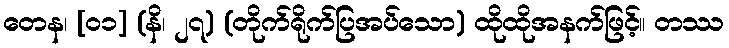
တေန၊ [၀၁] (နိ၊ ၂၇) (တိုက်ရိုက်ပြအပ်သော) ထိုထိုအနက်ဖြင့်။ တဿ